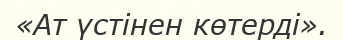
«Ат үстінен көтерді».